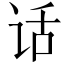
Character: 话